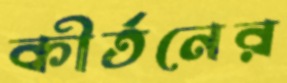
কীর্তনের